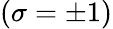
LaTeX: (\sigma=\pm 1)